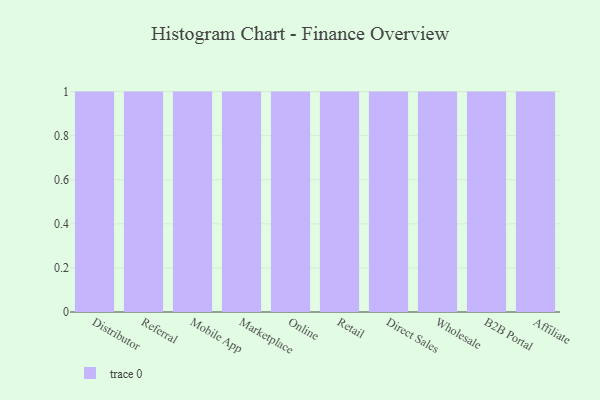
{"axis": {"x": "Channel", "y": "Shipments"}, "legend": [""], "data": [{"x": "Distributor", "y": 43, "type": ""}, {"x": "Referral", "y": 3, "type": ""}, {"x": "Mobile App", "y": 10, "type": ""}, {"x": "Marketplace", "y": 35, "type": ""}, {"x": "Online", "y": 85, "type": ""}, {"x": "Retail", "y": 13, "type": ""}, {"x": "Direct Sales", "y": 79, "type": ""}, {"x": "Wholesale", "y": 12, "type": ""}, {"x": "B2B Portal", "y": 55, "type": ""}, {"x": "Affiliate", "y": 34, "type": ""}]}